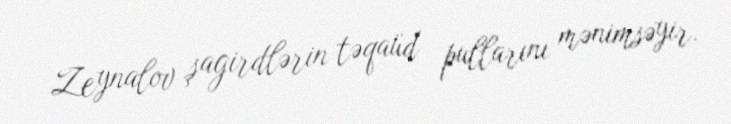
Zeynalov şagirdlərin təqaüd pullarını mənimsəyir.